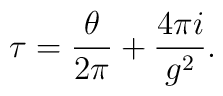
\tau = \frac{\theta}{2\pi} + \frac{4\pi i}{g^{2}}.